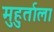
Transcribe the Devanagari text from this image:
मुहुर्ताला